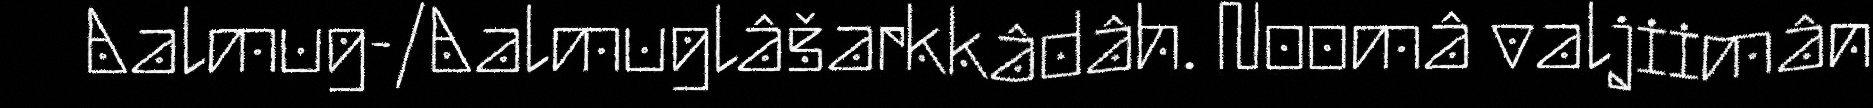
Aalmug-/Aalmuglâšarkkâdâh. Noomâ valjiimân